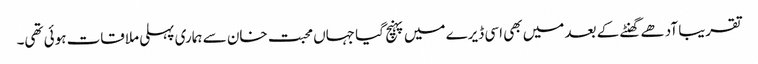
تقریبا آدھے گھنٹے کے بعد میں بھی اسی ڈیرے میں پہنچ گیا جہاں محبت خان سے ہماری پہلی ملاقات ہوئی تھی۔